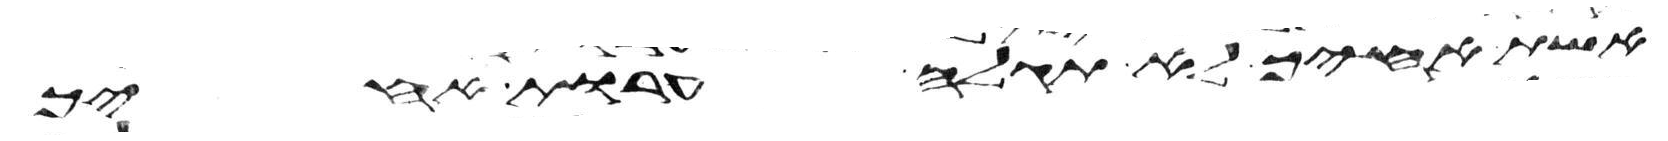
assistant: אשת אחיך לא תגלה ערות אחיך